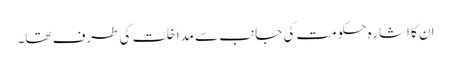
ان کا اشارہ حکومت کی جانب سے مداخلت کی طرف تھا۔